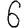
Digit: 6